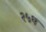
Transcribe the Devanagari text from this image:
२५थ